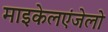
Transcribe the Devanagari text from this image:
माइकेलएंजेलो